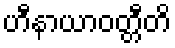
ဟီနာယာဝတ္တီတိ